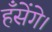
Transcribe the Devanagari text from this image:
हँसेंगे।